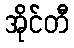
အိုင်တီ